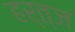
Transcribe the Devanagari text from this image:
हर्त्ज